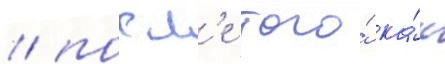
/ посл'е того́ ка́к